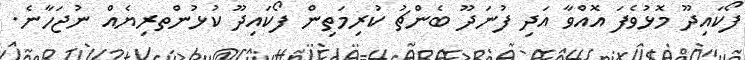
ފޯކައިދޫ މޮޅުވެފަ އޮއްވާ އަދި ފުނަދޫ ބެންޗު ކުރިމަތިން ފޯކައިދޫ ކުޅުންތރިޔެއް ނުޖަހާނެ.